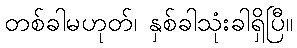
တစ်ခါမဟုတ်၊ နှစ်ခါသုံးခါရှိပြီ။